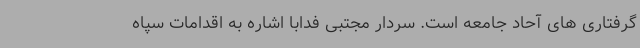
گرفتاری های آحاد جامعه است. سردار مجتبی فدابا اشاره به اقدامات سپاه